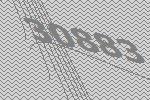
30883